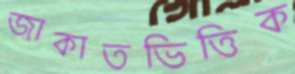
জাকাতভিত্তিক